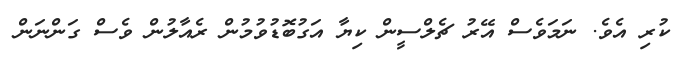
ކުރި އެވެ. ނަމަވެސް އޭރު ޗެލްސީން ކިޔާ އަގުބޮޑުވުމުން ރެއާލުން ވެސް ގަންނަން